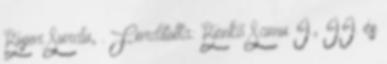
Bujor Surdu, . Fordította: Benkő Samu I., II. és